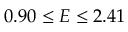
0 . 9 0 \leq E \leq 2 . 4 1